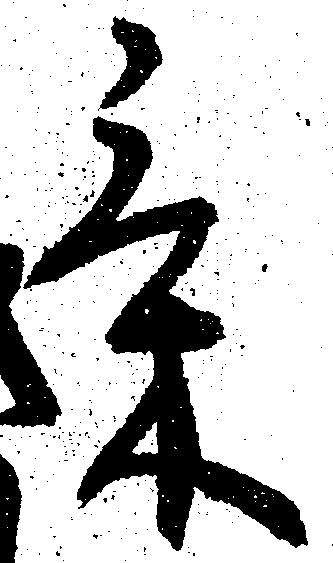
気